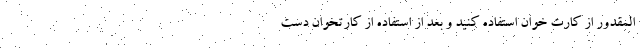
المقدور از کارت خوان استفاده کنید و بعد از استفاده از کارتخوان دست